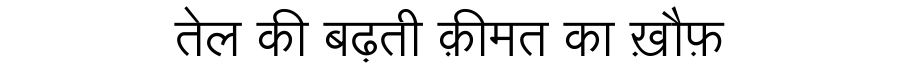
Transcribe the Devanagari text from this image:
तेल की बढ़ती क़ीमत का ख़ौफ़